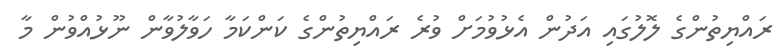
ރައްޔިތުންގެ ލޮލުގައި އަދުން އެޅުވުމަށް ވުރެ ރައްޔިތުންގެ ކަންކަމާ ހަވާލުވާން ނޫޅުއްވުން މާ